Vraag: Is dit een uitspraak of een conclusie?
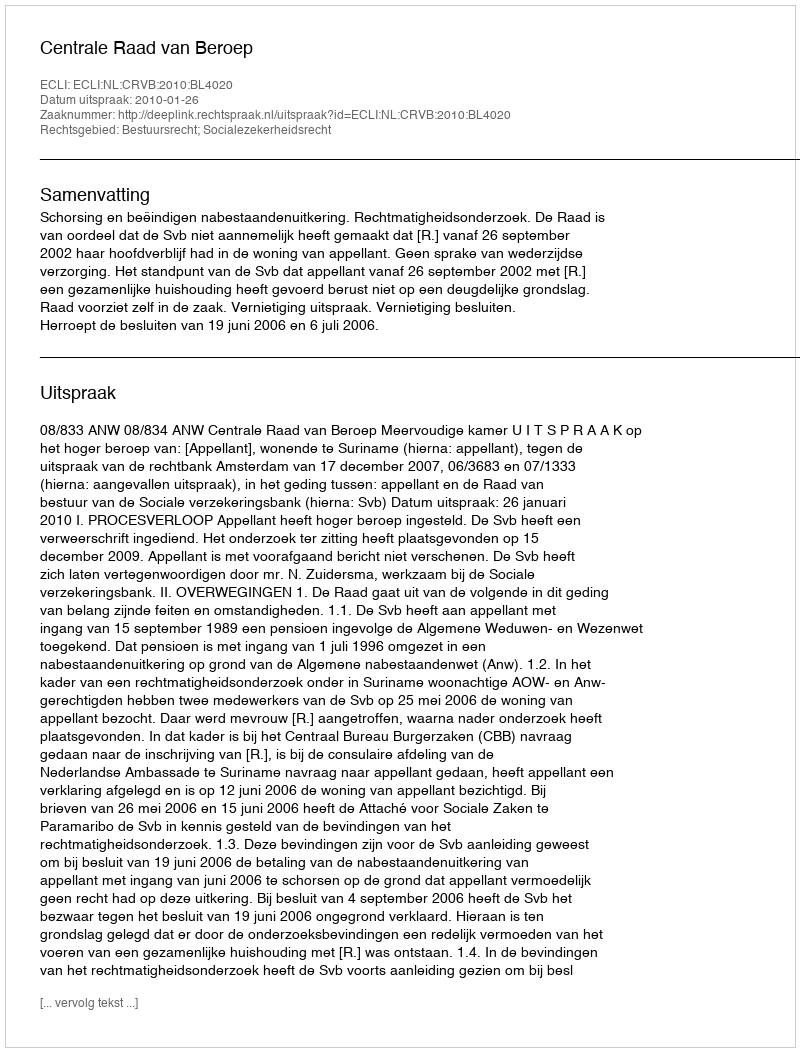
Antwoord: Uitspraak